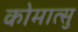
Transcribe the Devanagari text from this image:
कोमात्सु